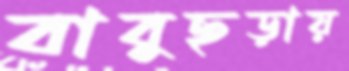
বাবুছড়ায়